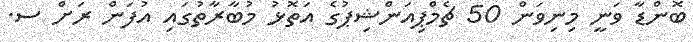
ބޮންޑާ ވަނީ މިނިވަން 50 ޗެމްޕިއަންޝިޕުގެ އަތޮޅު މުބާރާތުގައި އުފަން ރަށް ސ.